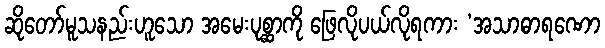
ဆိုတော်မူသနည်းဟူသော အမေးပုစ္ဆာကို ဖြေလိုပယ်လိုရကား ‘အသာဓာရဏော